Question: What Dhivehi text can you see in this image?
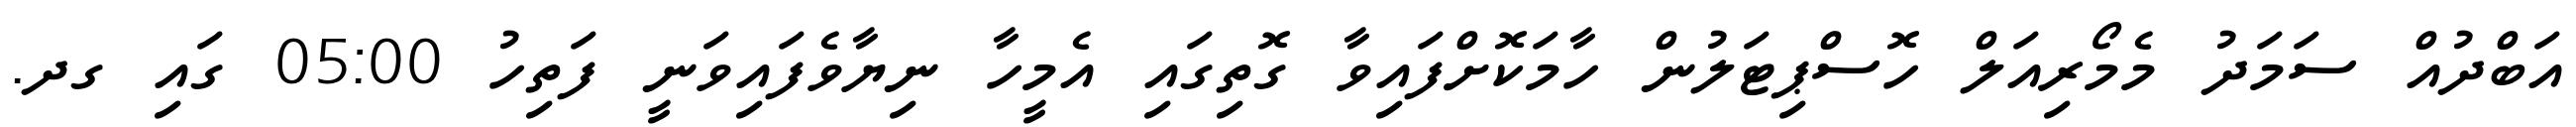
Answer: އަބްދުއް ސަމަދު މެމޯރިއަލް ހޮސްޕިޓަލުން ހާމަކޮށްފައިވާ ގޮތިގައި އެމީހާ ނިޔާވެފައިވަނީ ފަތިހު 05:00 ގައި ގދ.